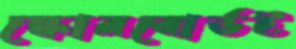
স্কোরবোর্ডই